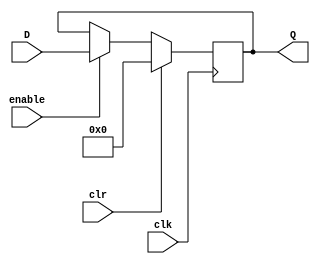
module register_64(D, Q, clk, clr, enable);
	input [63:0] D;
	input clk, clr, enable;
	output [63:0] Q;
	reg [63:0] Q;
	
	always @(posedge clk)
	begin
		if(clr)
			Q <= 0;
		else if(enable)
			Q <= D;
	end
endmodule